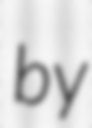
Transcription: by